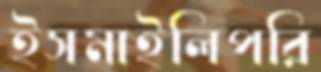
ইসমাইলিপরি